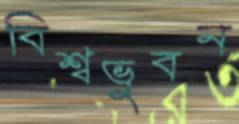
বিশ্বভুবন